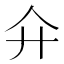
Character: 𢌯